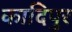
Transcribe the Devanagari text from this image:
कादिपुर